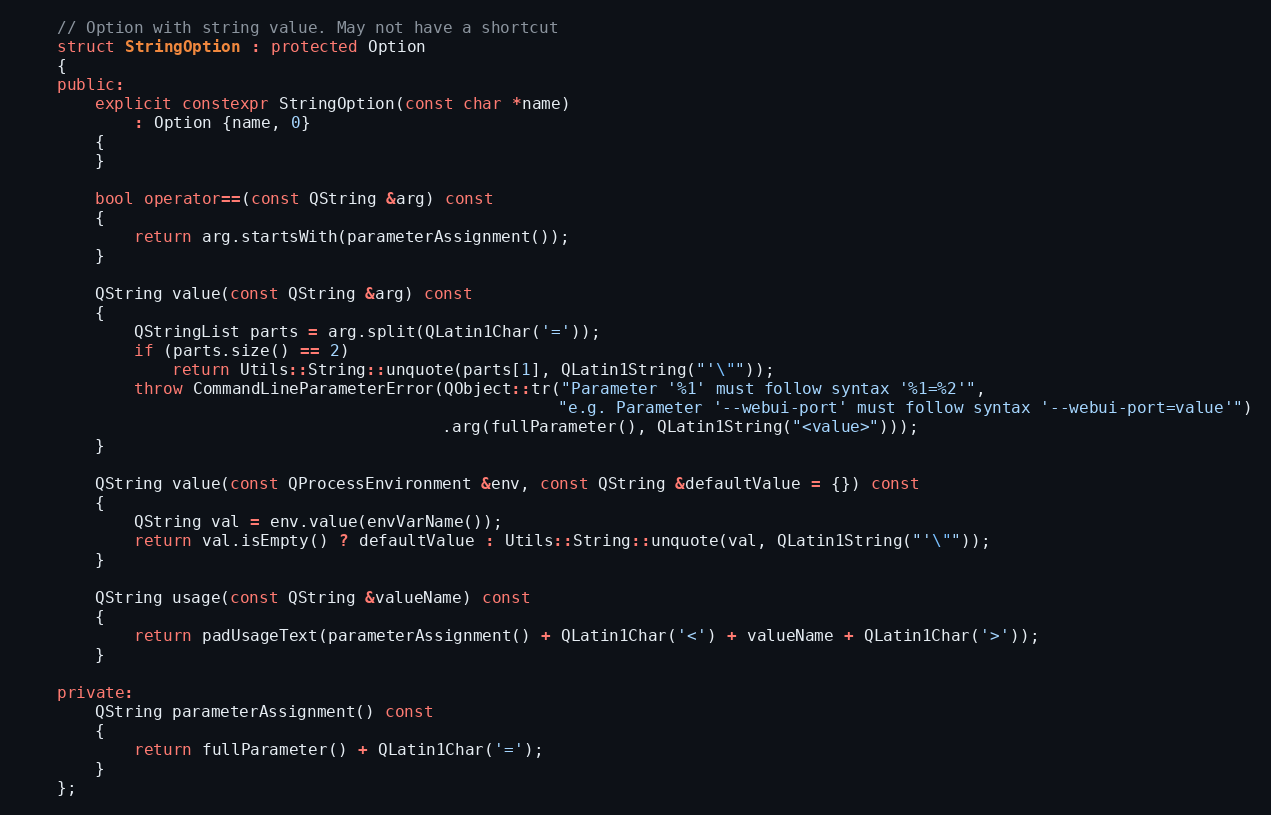
Language: C++
    // Option with string value. May not have a shortcut
    struct StringOption : protected Option
    {
    public:
        explicit constexpr StringOption(const char *name)
            : Option {name, 0}
        {
        }

        bool operator==(const QString &arg) const
        {
            return arg.startsWith(parameterAssignment());
        }

        QString value(const QString &arg) const
        {
            QStringList parts = arg.split(QLatin1Char('='));
            if (parts.size() == 2)
                return Utils::String::unquote(parts[1], QLatin1String("'\""));
            throw CommandLineParameterError(QObject::tr("Parameter '%1' must follow syntax '%1=%2'",
                                                        "e.g. Parameter '--webui-port' must follow syntax '--webui-port=value'")
                                            .arg(fullParameter(), QLatin1String("<value>")));
        }

        QString value(const QProcessEnvironment &env, const QString &defaultValue = {}) const
        {
            QString val = env.value(envVarName());
            return val.isEmpty() ? defaultValue : Utils::String::unquote(val, QLatin1String("'\""));
        }

        QString usage(const QString &valueName) const
        {
            return padUsageText(parameterAssignment() + QLatin1Char('<') + valueName + QLatin1Char('>'));
        }

    private:
        QString parameterAssignment() const
        {
            return fullParameter() + QLatin1Char('=');
        }
    };